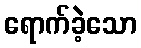
ရောက်ခဲ့သော